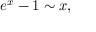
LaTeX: e ^ { x } - 1 \sim x ,